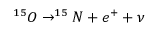
^ { 1 5 } O \rightarrow ^ { 1 5 } N + e ^ { + } + \nu